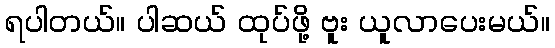
ရပါတယ်။ ပါဆယ် ထုပ်ဖို့ ဗူး ယူလာပေးမယ်။